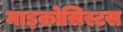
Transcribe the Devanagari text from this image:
माइक्रोसिस्टस